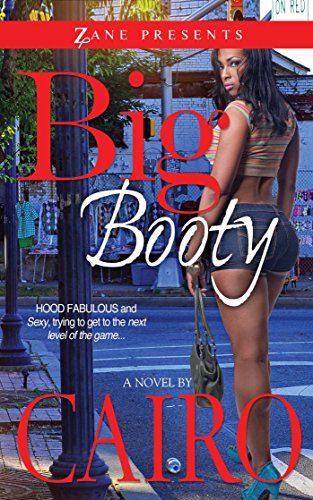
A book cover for Big Booty: A Novel; Cairo; Romance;